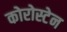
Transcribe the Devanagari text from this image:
कोरोस्टेन